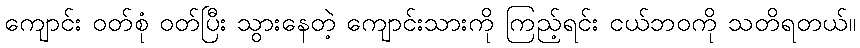
ကျောင်း ဝတ်စုံ ဝတ်ပြီး သွားနေတဲ့ ကျောင်းသားကို ကြည့်ရင်း ငယ်ဘဝကို သတိရတယ်။